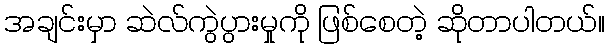
အချင်းမှာ ဆဲလ်ကွဲပွားမှုကို ဖြစ်စေတဲ့ ဆိုတာပါတယ်။